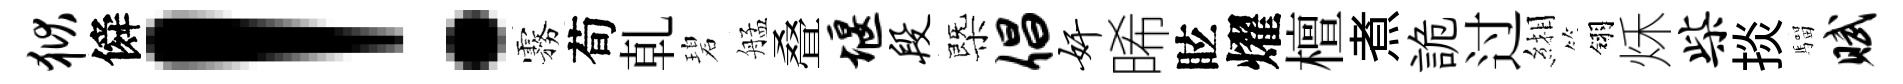
狱僢！霧荀乹碧艋叠堰段㮣倡奸晞眩燿檀煮詭过緗翎秌柴掞騮赋